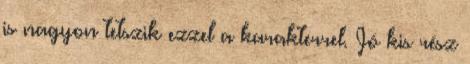
is nagyon tetszik ezzel a karakterrel. Jó kis rész